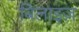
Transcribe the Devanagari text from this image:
बिलाइज़